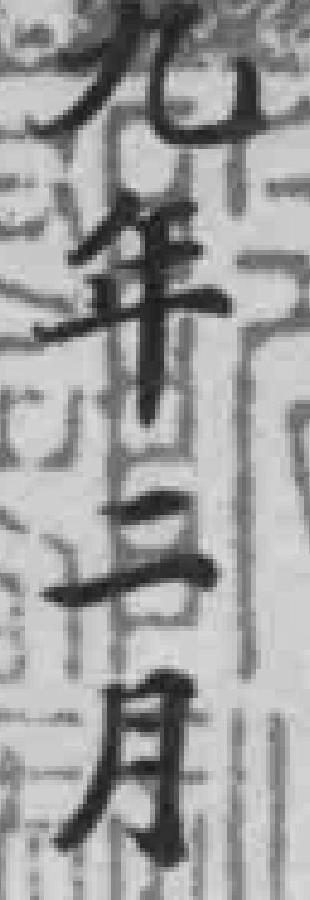
九年二月